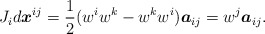
\begin{align*}J_{i}d\boldsymbol{x}^{ij}=\frac{1}{2}(w^{i}w^{k}-w^{k}w^{i})\boldsymbol{a}_{ij}=w^{j}\boldsymbol{a}_{ij}.\end{align*}